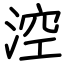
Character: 涳